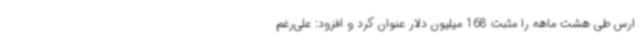
ارس طی هشت ماهه را مثبت 168 میلیون دلار عنوان کرد و افزود: علی‌رغم